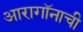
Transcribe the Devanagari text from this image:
आरागॉनाची